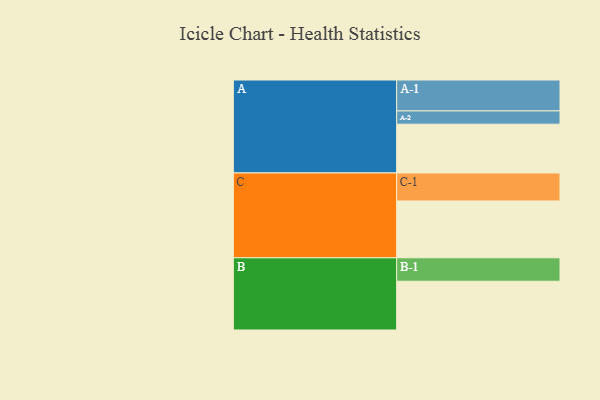
{"axis": {"x": "Segment", "y": "Value"}, "legend": ["", "A", "B", "C"], "data": [{"x": "A", "y": 437, "type": ""}, {"x": "B", "y": 437, "type": ""}, {"x": "C", "y": 509, "type": ""}, {"x": "A-1", "y": 277, "type": "A"}, {"x": "A-2", "y": 119, "type": "A"}, {"x": "B-1", "y": 210, "type": "B"}, {"x": "C-1", "y": 251, "type": "C"}]}